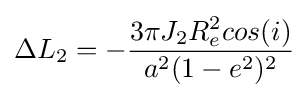
\Delta L_{2}=-{\frac {3\pi J_{2}R_{e}^{2}cos(i)}{a^{2}(1-e^{2})^{2}}}